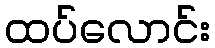
ထပ်လောင်း